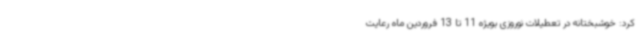
کرد: خوشبختانه در تعطیلات نوروزی بویژه 11 تا 13 فروردین ماه رعایت